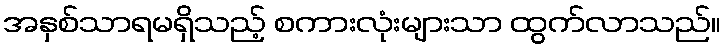
အနှစ်သာရမရှိသည့် စကားလုံးများသာ ထွက်လာသည်။